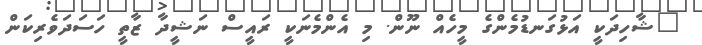
"ޝާހިދަކީ އަޅުގަނޑުމެންގެ މީހެއް ނޫން. މި އެންމެނަކީ ރައީސް ނަޝީދާ ޒާތީ ހަސަދަވެރިކަން